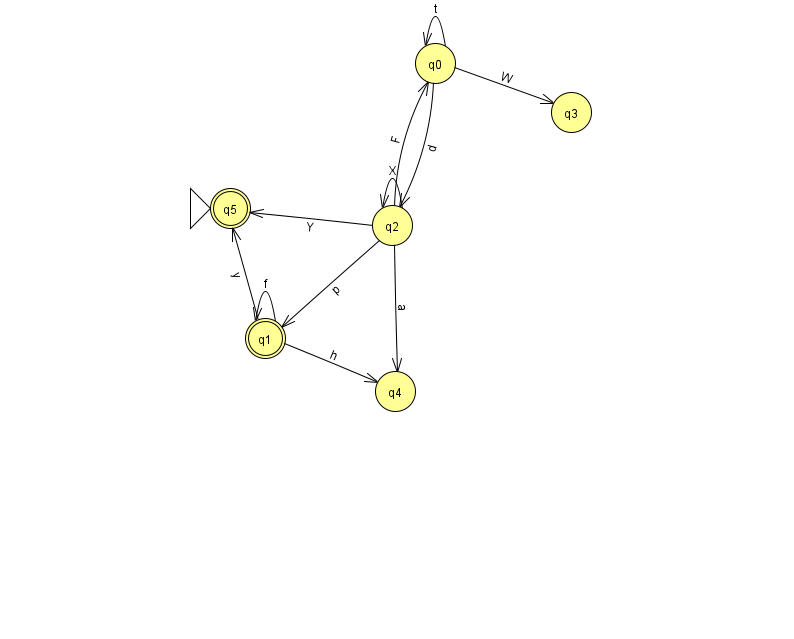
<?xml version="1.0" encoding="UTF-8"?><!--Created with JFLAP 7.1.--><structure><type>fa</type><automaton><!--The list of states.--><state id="0" name="q0"><x>435.0</x><y>50.0</y></state><state id="1" name="q1"><x>265.0</x><y>325.0</y><final/></state><state id="2" name="q2"><x>392.0</x><y>212.0</y></state><state id="3" name="q3"><x>571.0</x><y>99.0</y></state><state id="4" name="q4"><x>395.0</x><y>378.0</y></state><state id="5" name="q5"><x>230.0</x><y>195.0</y><initial/><final/></state><!--The list of transitions.--><transition><from>0</from><to>0</to><read>t</read></transition><transition><from>1</from><to>1</to><read>f</read></transition><transition><from>2</from><to>1</to><read>p</read></transition><transition><from>2</from><to>4</to><read>a</read></transition><transition><from>2</from><to>2</to><read>X</read></transition><transition><from>2</from><to>5</to><read>Y</read></transition><transition><from>1</from><to>4</to><read>h</read></transition><transition><from>0</from><to>2</to><read>d</read></transition><transition><from>0</from><to>3</to><read>W</read></transition><transition><from>1</from><to>5</to><read>y</read></transition><transition><from>2</from><to>0</to><read>F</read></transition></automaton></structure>